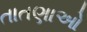
તાતણાઓ